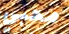
محبي